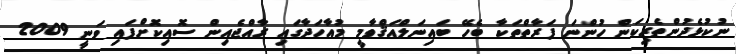
ނުކުޅެދުންތެރިކަން ހުންނަ ފަރާތްތަކާ ބެހޭ ބައިނަލްއަޤްވާމީ މުއާހަދާގައި ރާއްޖެއިން ސޮއިކޮށްފައި ވަނީ 2009